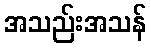
အသည်းအသန်